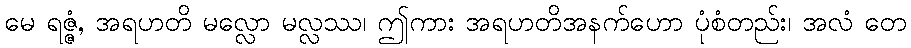
မေ ရဇ္ဇံ, အရဟတိ မလ္လော မလ္လဿ၊ ဤကား အရဟတိအနက်ဟော ပုံစံတည်း၊ အလံ တေ